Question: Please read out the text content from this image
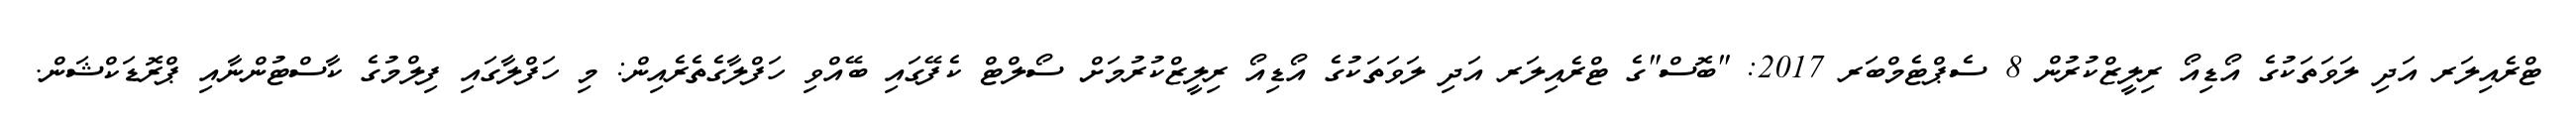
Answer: ޓްރެއިލަރ އަދި ލަވަތަކުގެ އޯޑިއޯ ރިލީޒްކުރުން 8 ސެޕްޓެމްބަރ 2017: "ބޮސް"ގެ ޓްރެއިލަރ އަދި ލަވަތަކުގެ އޯޑިއޯ ރިލީޒްކުރުމަށް ސޯލްޓް ކެފޭގައި ބޭއްވި ހަފްލާގެތެރެއިން: މި ހަފްލާގައި ފިލްމުގެ ކާސްޓުންނާއި ޕްރޮޑަކްޝަން.